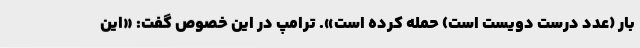
بار (عدد درست دویست است) حمله کرده است». ترامپ در این خصوص گفت: «این